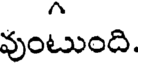
వుంటుంది.